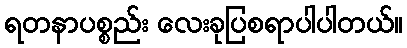
ရတနာပစ္စည်း လေးခုပြစရာပါပါတယ်။